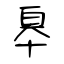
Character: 皋